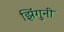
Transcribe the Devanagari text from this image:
झिंगुनी